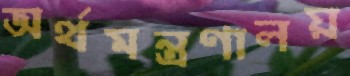
অর্থমন্ত্রণালয়